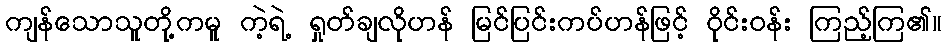
ကျန်သောသူတို့ကမူ ကဲ့ရဲ့ ရှုတ်ချလိုဟန် မြင်ပြင်းကပ်ဟန်ဖြင့် ဝိုင်းဝန်း ကြည့်ကြ၏။